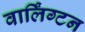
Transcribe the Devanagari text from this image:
वार्लिंग्टन